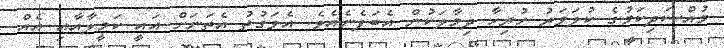
މުއްސަދިކަމުގެ ކުލަވަރު ހުރިހާ ދިމާލަކުން އެބަފެނެއެވެ. އެވަގުތު އެތަނަށް އައީ ކަމީލާއާއި އެއް